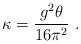
LaTeX: \begin{align*}\kappa = {{g^2 \theta}\over {16\pi^2}} \ .\end{align*}